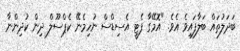
ބަދަލުތައް ބަލާފައިވެ އެވެ. "އޮމޭގާ ފެޓީ އެސިޑްސް ނުހިމެނޭ ކެޕްސޫލް ދިން ކުދިންނާ